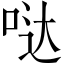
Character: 哒